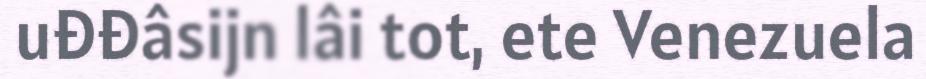
uđđâsijn lâi tot, ete Venezuela